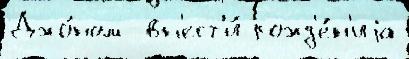
Джо́ном  вн'ест'и́ рожд'е́н'иjа